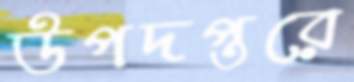
উপদপ্তরে